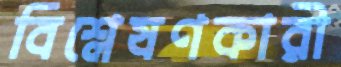
বিশ্লেষণকারী